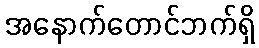
အနောက်တောင်ဘက်ရှိ